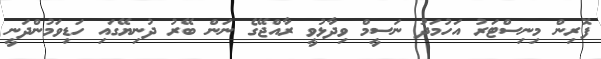
ފޮރިން މިނިސްޓަރު އަހުމަދު ނަސީމް ވިދާޅުވީ ރާއްޖޭގެ ނަން ބޭރު ދުނިޔޭގައި ހަޑިވަމުންދަނީ